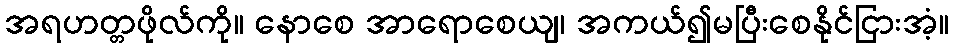
အရဟတ္တဖိုလ်ကို။ နောစေ အာရောစေယျ၊ အကယ်၍မပြီးစေနိုင်ငြားအံ့။